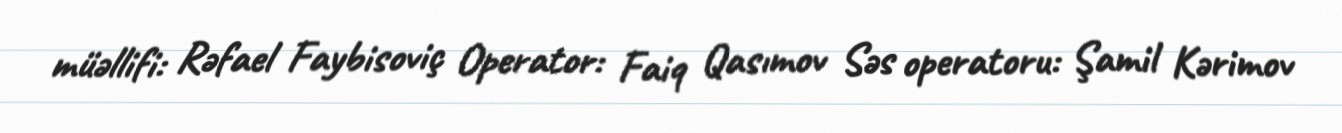
müəllifi: Rəfael Faybisoviç Operator: Faiq Qasımov Səs operatoru: Şamil Kərimov